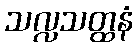
သလ္လသတ္ထနံ